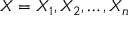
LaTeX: X = X _ { 1 } , X _ { 2 } , \dots , X _ { n }